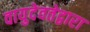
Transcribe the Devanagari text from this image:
वायुदेवतेद्वारा